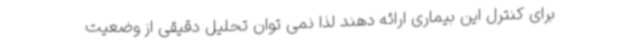
برای کنترل این بیماری ارائه دهند لذا نمی توان تحلیل دقیقی از وضعیت